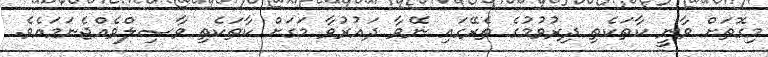
މިގޮތަށް ވާނީ ކާތަކެތި ދިރުވުމުގެ ތެރޭގައި ނޭވާ ދައުރުވާ މަގަށް ކާތަކެތި ވާޞިލްވެއްޖެނަމައެވެ.